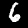
Digit: 6